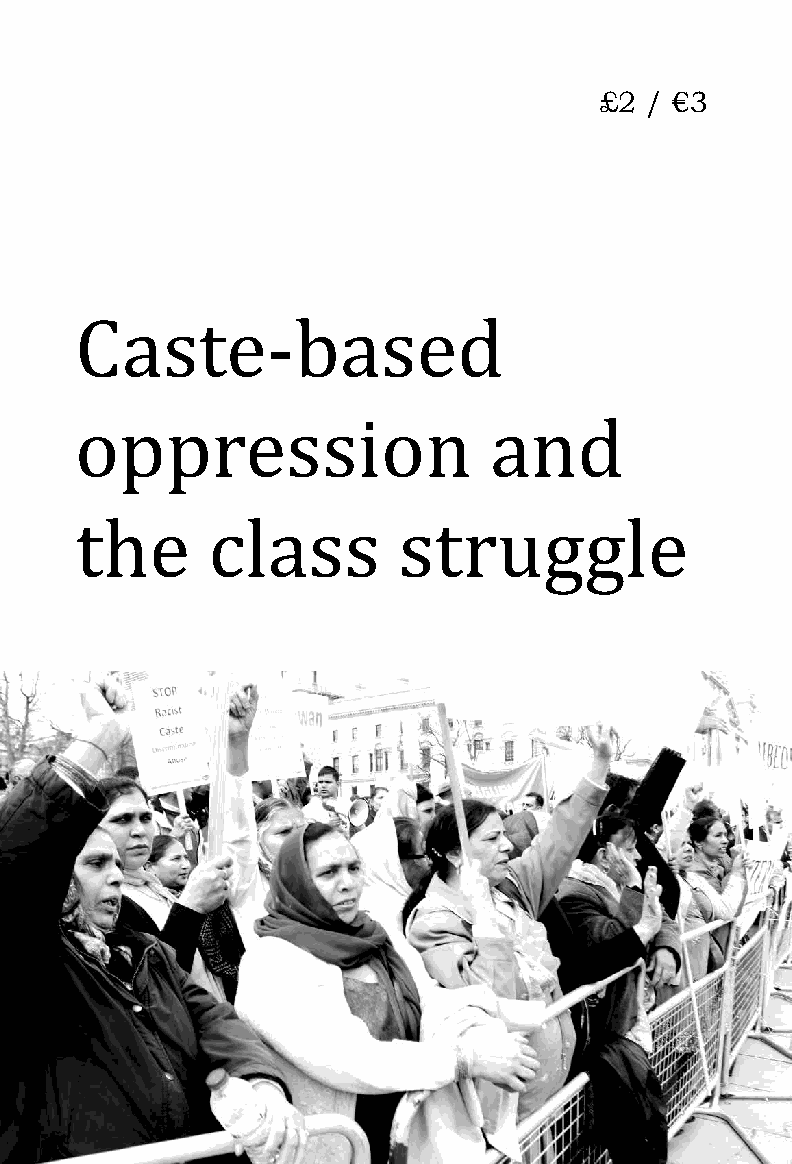
£2 / €3
 Caste-based
 oppression                 and
 the      class       struggle
 1
 Caste-based oppression and the class struggle